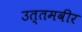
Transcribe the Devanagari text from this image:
उत्तमवीर